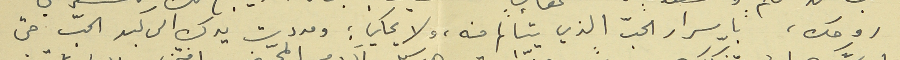
روحك، باسرار الحبّ الذي يتألم منه، ولا يحكي : ومددت يدك الى كبد الحبّ حتى